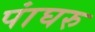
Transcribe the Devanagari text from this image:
पांघरु